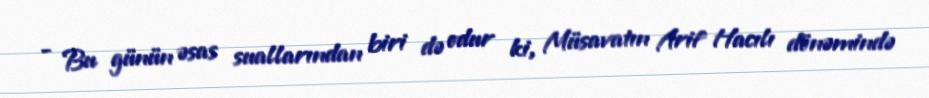
- Bu günün əsas suallarından biri də odur ki, Müsavatın Arif Hacılı dönəmində